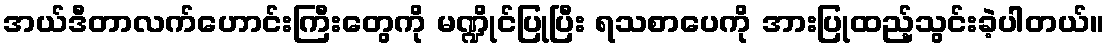
အယ်ဒီတာလက်ဟောင်းကြီးတွေကို မဏ္ဍိုင်ပြုပြီး ရသစာပေကို အားပြုထည့်သွင်းခဲ့ပါတယ်။